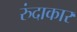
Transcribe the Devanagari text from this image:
रुंदाकार